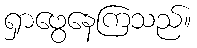
ရှာဖွေနေကြသည်။